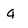
Character: Q